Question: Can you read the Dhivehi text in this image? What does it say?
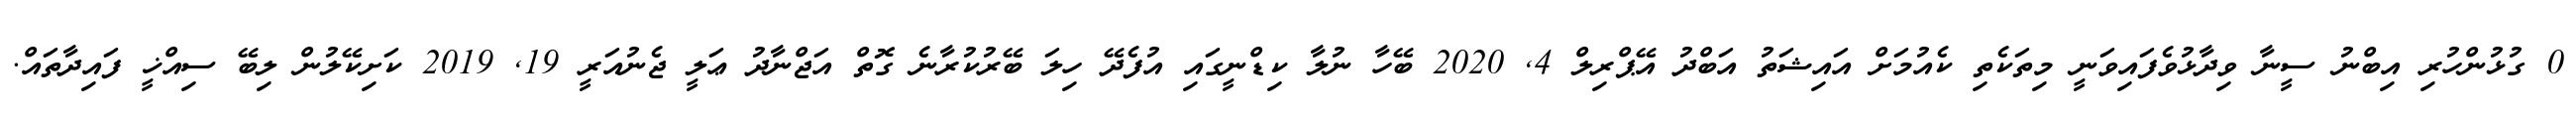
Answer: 0 ގުޅުންހުރި އިބްނު ސީނާ ވިދާޅުވެފައިވަނީ މިތަކެތި ކެއުމަށް އައިޝަތު އަބްދު އޭޕްރިލް 4, 2020 ބޭހާ ނުލާ ކިޑްނީގައި އުފެދޭ ހިލަ ބޭރުކުރާނެ ގޮތް އަޖްނާދު ޢަލީ ޖެނުއަރީ 19, 2019 ކަށިކޭލުން ލިބޭ ސިއްޚީ ފައިދާތައް.